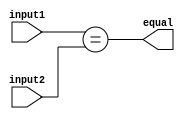
// 4bit comparator

module comparator_4bit (
  input wire [3:0] input1,
  input wire [3:0] input2,
  output wire equal
);

  assign equal = (input1 == input2);

endmodule

module d_flip_flop (
  input wire D,      // Data input
  input wire CLK,    // Clock input
  output reg Q      // Output
);

  //reg Q;            // Output register

  always @(posedge CLK) begin
    Q <= D;       // Data input is transferred to Q on the rising edge of the clock
  end

endmodule

module lfsr4bit (
  input wire CLK,    // Clock input
  output wire [3:0] random_number  // 4-bit random number
);

  wire feedback;
  wire [3:0] lfsr_output;

  // Instantiate four D flip-flops without reset
  d_flip_flop dff0 (.D(feedback), .CLK(CLK), .Q(lfsr_output[0]));
  d_flip_flop dff1 (.D(lfsr_output[2] ^ lfsr_output[3]), .CLK(CLK), .Q(lfsr_output[1]));
  d_flip_flop dff2 (.D(lfsr_output[1]), .CLK(CLK), .Q(lfsr_output[2]));
  d_flip_flop dff3 (.D(lfsr_output[2]), .CLK(CLK), .Q(lfsr_output[3]));

  // Feedback is XOR of the 3rd and 4th flip-flops
  assign feedback = lfsr_output[2] ^ lfsr_output[3];

  assign random_number = lfsr_output;

endmodule

module lfsr_and_storage (
  input wire CLK,        // Clock input
  output wire [0:3] random_number,  // 4-bit random number from LFSR
  output wire [0:3] stored_sequence  // 4-bit stored sequence
);

  wire [3:0] lfsr_output;
  reg [3:0] storage_output;

  // Instantiate the lfsr4bit module
  lfsr4bit lfsr (
    .CLK(CLK),
    .random_number(lfsr_output)
  );

  // Instantiate 4 flip-flops to store the sequence
  always @(posedge CLK) begin
    storage_output <= lfsr_output;
  end

  assign random_number = lfsr_output;
  assign stored_sequence = storage_output;

endmodule

module counter_1_to_2 (
  input wire CLK,    // Clock input
  output wire [1:0] count  // 2-bit counter output
);

  reg [1:0] counter;  // 2-bit counter

  always @(posedge CLK) begin
    // Increment the counter
    if (counter == 2'b01) begin
      counter <= 2'b10;
    end else begin
      counter <= 2'b01;
    end
  end

  assign count = counter;

endmodule

/*module muxes (
  input wire CLK,       // Clock input
  output wire [1:0] count, // 2-bit counter output
  output wire [0:3] mux_outputs // 4-bit multiplexer outputs
);

  reg [1:0] counter;   // 2-bit counter

  wire enable;        // Selection signal for the multiplexers

  // Instantiate the 2-bit counter module
  counter_1_to_2 counter_inst (
    .CLK(CLK),
    .count(count)
  );

  // Use one bit from the counter as the enable signal
  assign enable = count[0];

  // Instantiate 4 2:1 multiplexers
  assign mux_outputs[0] = (enable) ? stored_sequence[0] : random_number[0];
  assign mux_outputs[1] = (enable) ? stored_sequence[1] : random_number[1];
  assign mux_outputs[2] = (enable) ? stored_sequence[2] : random_number[2];
  assign mux_outputs[3] = (enable) ? stored_sequence[3] : random_number[3];

endmodule*/

module multiplexer_2to1 (
  input wire sel,          // Selection signal
  input wire data0,  // Data input 0
  input wire data1,  // Data input 1
  output wire op // Output
);

  assign op = (sel) ? data1 : data0;

endmodule


module counter_enables_muxes (
  input wire CLK,       // Clock input
  output wire [3:0] mux_outputs, // 4-bit multiplexer outputs
  input wire [3:0] lfsr_output,  // 4-bit LFSR output
  input wire [3:0] stored_sequence // 4-bit stored sequence
);

  wire [1:0] counter;   // 2-bit counter
  wire enable;         // Selection signal for the multiplexers

  // Instantiate the 2-bit counter module without reset
  counter_1_to_2 counter_inst (
    .CLK(CLK),
    .count(counter)
  );

  // Determine enable based on the counter value
  assign enable = (counter == 2'b01);

  // Instantiate 4 4:1 multiplexers
  multiplexer_2to1 mux0 ((enable),(lfsr_output[0]),(stored_sequence[0]),(mux_outputs[0]));
  multiplexer_2to1 mux1 ((enable),(lfsr_output[1]),(stored_sequence[1]),(mux_outputs[1]));
  multiplexer_2to1 mux2 ((enable),(lfsr_output[2]),(stored_sequence[2]),(mux_outputs[2]));
  multiplexer_2to1 mux3 ((enable),(lfsr_output[3]),(stored_sequence[3]),(mux_outputs[3]));

endmodule